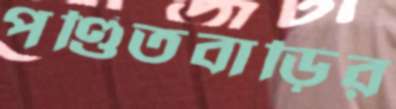
পণ্ডিতবাড়ির